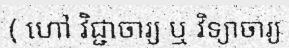
( ហៅ វិជ្ជាចារ្យ ឬ វិទ្យាចារ្យ